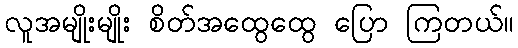
လူအမျိုးမျိုး စိတ်အထွေထွေ ပြော ကြတယ်။